Vaccination North-Western Provinces 1866-1877 - 1866-1877
Year: 1866
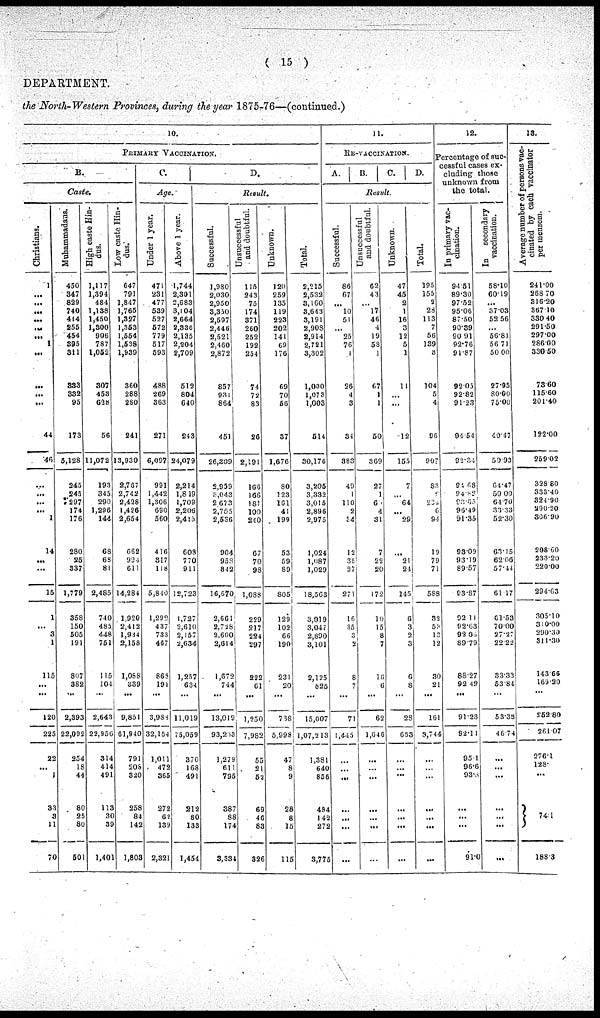
( 15 )
DEPARTMENT
the North-Western Provinces, during the year 1875-76— (continued.)
10.
PRIMARY VACCINATION.
B.
Caste.
Christians.
1
...
...
...
...
...
...
1
...
...
...
...
44
46
...
...
...
... 1
14
...
...
15
1
... 3
1
115
...
...
120
225
22
... 1
33
3
11
70
Muhammadans.
450
347
829
740
414
255
454
395
311
333
332
95
173
5,128
245
245
297
174
176
280
25
337
1,779
358
150
505
191
807
382
...
2,393
22,092
254
18
44
80
25
80
501
High caste Hin¬
dus.
1,117
1,394
484
1,138
1,450
1,300
906
787
1,052
307
453
628
56
11,072
193
345
290
1,296
144
68
68
81
2,485
740
485
448
751
115
104
...
2,643
22,956
314
414
491
113
30
39
1,401
Low caste Hin¬
dus.
647
791
1,847
1,765
1,327
1,353
1,554
1,538
1,939
360
288
280
241
13,930
2,767
2,742
2,428
1,426
2,654
662
994
611
14,284
1,920
2,412
1,934
2,158
1,088
339
...
9,851
61,940
791
208
320
258
84
142
1,803
C .
Age.
Under 1 year.
471
231
477
539
527
572
779
517
593
488
269
363
271
6,097
991
1,442
1,306
690
560
416
317
118
5,840
1,292
437
733
467
862
191
...
3,983
32,154
1,011
472
365
27
62
139
2,321
Above 1 year.
1,744
2,301
2,683
3,104
2,664
2,336
2,135
2,204
2,709
512
804
640
243
24,079
2,214
1,819
1,709
2,206
2,415
603
770
911
12,723
1,727
2,610
2,157
2,634
1,257
634
...
11,019
75,059
370
168
491
212
80
133
1,454
D.
Result.
Successful.
1,980
2,030
2,950
3,350
2,597
2,446
2,521
2,460
2,872
857
931
864
451
26,309
2,959
3,043
2,673
2,755
2,536
904
958
842
16,670
2,661
2,728
2,600
2,614
1,672
744
...
13,019
93,233
1,279
611
795
387
88
174
3,334
unsuccessful
and doubtful.
115
243
75
174
371
260
252
192
254
74
72
83
26
2,191
106
166
181
100
240
67
70
98
1,088
229
217
224
297
222
61
...
1,250
7,982
55
21
52
69
46
83
326
Unknown.
120
259
135
119
223
202
141
69
176
69
70
56
37
1,676
80
123
161
41
199
53
59
89
805
129
102
66
190
231
20
...
738
5,998
47
8
9
28
8
15
115
Total.
2,215
2,532
3,160
3,643
3,191
2,908
2,914
2,721
3,302
1,000
1,073
1,003
514
30,176
3,205
3,332
3,015
2,896
2,975
1,024
1,087
1,029
18,563
3,019
3,047
2,890
3,101
2,125
825
...
15,007
1,07,213
1,381
640
855
484
142
272
3,775
11.
RE-VACCINATION.
A.
B.
C.
D.
Result.
Successful.
86
67
...
10
51
... 25
76
1
26
4
3
34
383
49
1
110
2
54
12
35
27
271
16
35
3
2
8
7
...
71
1,445
...
...
...
...
...
...
...
Unsuccessful
and doubtful.
62
43
... 17
46
4
19
58
1
67
1
1
50
369
27
1
60
4
31
7
22
20
172
10
15
8
7
16
6
...
62
1,646
...
...
...
...
...
...
...
Unknown.
47
45
2
1
16
3
12
5
1
11
...
....
12
155
7
... 64
29
...
21
24
145
6
3
2
3
6
8
...
28
653
...
...
...
...
...
...
...
Total.
195
155
2
28
113
7
56
139
3
104
5
4
96
907
83
2
234
6
94
19
79
71
588
32
53
13
12
30
21
...
161
3,744
...
...
...
...
...
...
12.
Percentage of suc¬
essful cases ex-
cluding those
unknown from
the total.
In primary vac-
cination.
94.51
89.30
97.52
95.06
87.50
90.39
90.91
92.76
91.87
92.03
92.82
91.23
94.54
92.34
94.68
94.32
93.55
96.49
91.35
93.09
93.19
89.57
93.87
92.11
92.63
92.06
89.79
88.27
92.42
...
91.23
92.11
95.1
96.6
93.3
...
...
...
91.0
In
secondary
vaccination.
58.10
60.19
... 37.03
52.56
... 56.81
56.71
50.00
27.95
80.00
75.00
40.47
50.93
64.47
50.00
64.70
33.33
52.30
63.15
62.06
57.44
61.17
61.53
70.00
27.27
22.22
33.33
53.84
...
53.33
46.74
...
...
...
...
...
...
...
13.
Average number of persons vac-
cinated by each vaccinator
per mensem.
241.00
268.70
316.20
367.10
330.40
291.50
297.00
286.00
330.50
73.60
115.60
201.40
122.00
259.02
328.80
333.40
324.90
290.20
306.90
208.60
233.20
220.00
294.63
305.10
310.00
290.30
311.30
143.66
169.20
...
252.80
261.07
276.1
128.
...
74.1
188.3